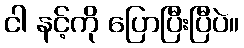
ငါ နင့်ကို ပြောပြီးပြီပဲ။